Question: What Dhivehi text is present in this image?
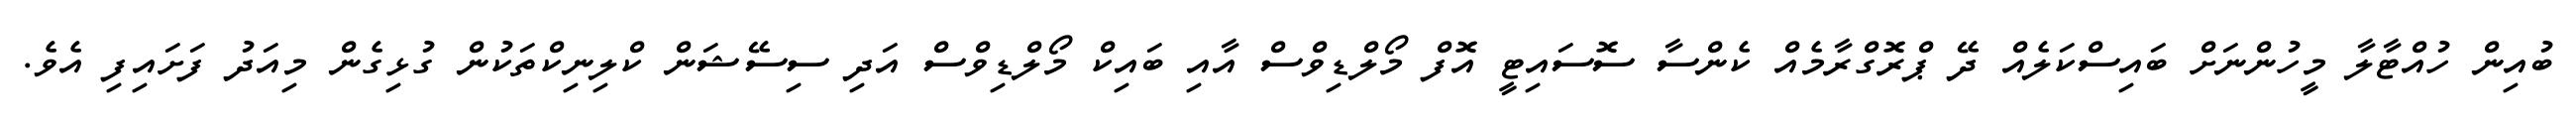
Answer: ބުއިން ހުއްޓާލާ މީހުންނަށް ބައިސްކަލެއް ދޭ ޕްރޮގްރާމެއް ކެންސާ ސޮސައިޓީ އޮފް މޯލްޑިވްސް އާއި ބައިކް މޯލްޑިވްސް އަދި ސިސޭޝަން ކްލިނިކްތަކުން ގުޅިގެން މިއަދު ފަށައިފި އެވެ.